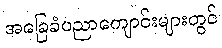
အခြေခံပညာကျောင်းများတွင်